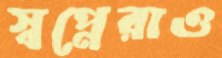
স্বপ্নেরাও